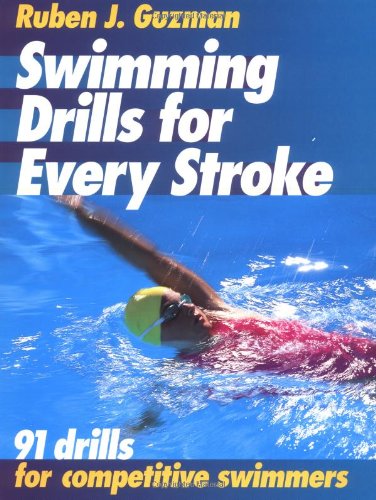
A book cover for Swimming Drills for Every Stroke; Ruben Guzman; Health, Fitness & Dieting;